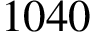
1 0 4 0